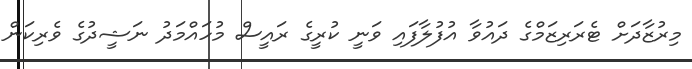
މިރުޒާދަށް ޓެރަރިޒަމްގެ ދައުވާ އުފުލާފައި ވަނީ ކުރީގެ ރައީސް މުހައްމަދު ނަޝީދުގެ ވެރިކަން